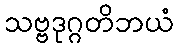
သဗ္ဗဒုဂ္ဂတိဘယံ